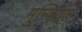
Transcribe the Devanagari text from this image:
मुन्डियल